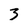
Character: 3